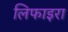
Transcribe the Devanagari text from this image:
लिफाइरा